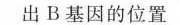
出B基因的位置